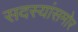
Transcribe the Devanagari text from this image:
सदस्यांसमोर